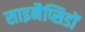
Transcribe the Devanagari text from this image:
साइनैप्सिडों